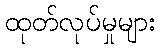
ထုတ်လုပ်မှုများ